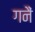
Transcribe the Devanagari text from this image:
गनैं